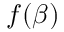
f ( \beta )